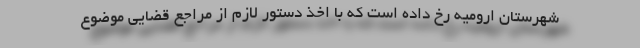
شهرستان ارومیه رخ داده است که با اخذ دستور لازم از مراجع قضایی موضوع